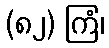
(၈၂) ကြံ၊